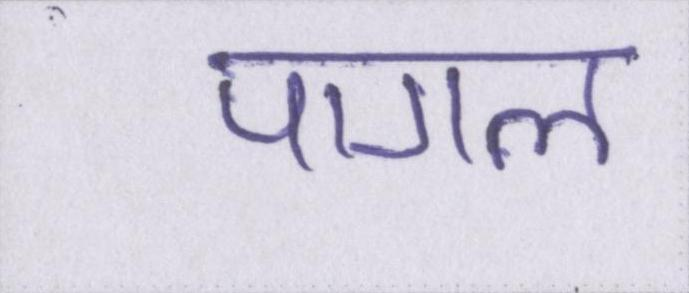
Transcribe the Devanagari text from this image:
पागल